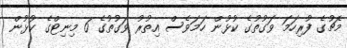
މެޗުގެ ފުރިހަމަ ވަގުތުގެ ކުޅުން ހަމަވެސް އިތުރު ވަގުތުގެ 6 މިނިޓްގެ ކުޅުން